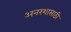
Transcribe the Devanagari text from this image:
अनरशासाठी